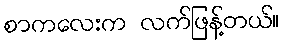
စာကလေးက လက်ဖြန့်တယ်။